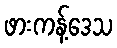
ဖားကန့်ဒေသ